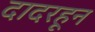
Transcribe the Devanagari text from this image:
दादरहून